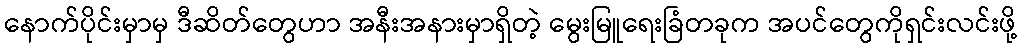
နောက်ပိုင်းမှာမှ ဒီဆိတ်တွေဟာ အနီးအနားမှာရှိတဲ့ မွေးမြူရေးခြံတခုက အပင်တွေကိုရှင်းလင်းဖို့